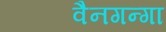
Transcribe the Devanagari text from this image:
वैनगन्गा